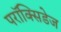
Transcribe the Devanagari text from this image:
परॉक्सिडेज